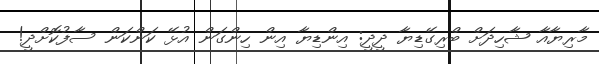
މާރިޔާއާ ޝާހިދަށް ބްރިގޭޑިޔާ ދީދީ: އިންޑިޔާ އިން ހިންގަން އުޅޭ ކަންކަން ސާފުކޮށްދީ!